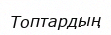
Топтардың